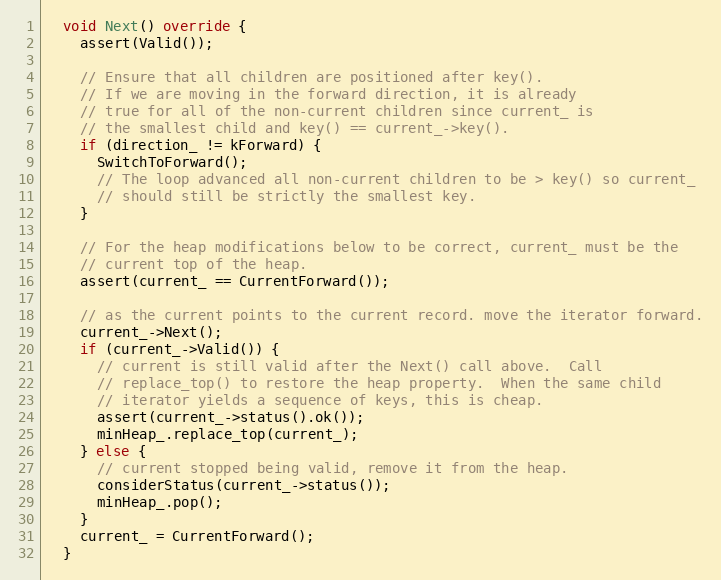
Language: C++
  void Next() override {
    assert(Valid());

    // Ensure that all children are positioned after key().
    // If we are moving in the forward direction, it is already
    // true for all of the non-current children since current_ is
    // the smallest child and key() == current_->key().
    if (direction_ != kForward) {
      SwitchToForward();
      // The loop advanced all non-current children to be > key() so current_
      // should still be strictly the smallest key.
    }

    // For the heap modifications below to be correct, current_ must be the
    // current top of the heap.
    assert(current_ == CurrentForward());

    // as the current points to the current record. move the iterator forward.
    current_->Next();
    if (current_->Valid()) {
      // current is still valid after the Next() call above.  Call
      // replace_top() to restore the heap property.  When the same child
      // iterator yields a sequence of keys, this is cheap.
      assert(current_->status().ok());
      minHeap_.replace_top(current_);
    } else {
      // current stopped being valid, remove it from the heap.
      considerStatus(current_->status());
      minHeap_.pop();
    }
    current_ = CurrentForward();
  }